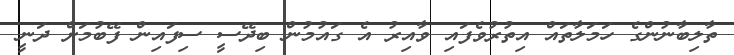
ތާލިބާނުންގެ ހަމަލާތައް އިތުރުވެފައި ވާއިރު އެ ގައުމުން ބިދޭސީ ސިފައިން ފޭބުމަށް ދަނީ